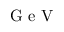
\mathrm { ~ G ~ e ~ V ~ }